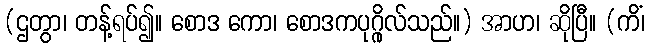
(ဌတွာ၊ တန့်ရပ်၍။ စောဒ ကော၊ စောဒကပုဂ္ဂိုလ်သည်။) အာဟ၊ ဆိုပြီ။ (ကိံ၊